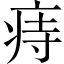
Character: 痔